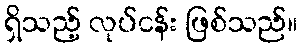
ရှိသည့် လုပ်ငန်း ဖြစ်သည်။